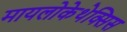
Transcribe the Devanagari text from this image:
मायलोकेथेक्सिस